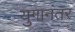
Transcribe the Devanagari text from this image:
युगानंतर